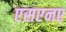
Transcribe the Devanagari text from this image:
एसएनए